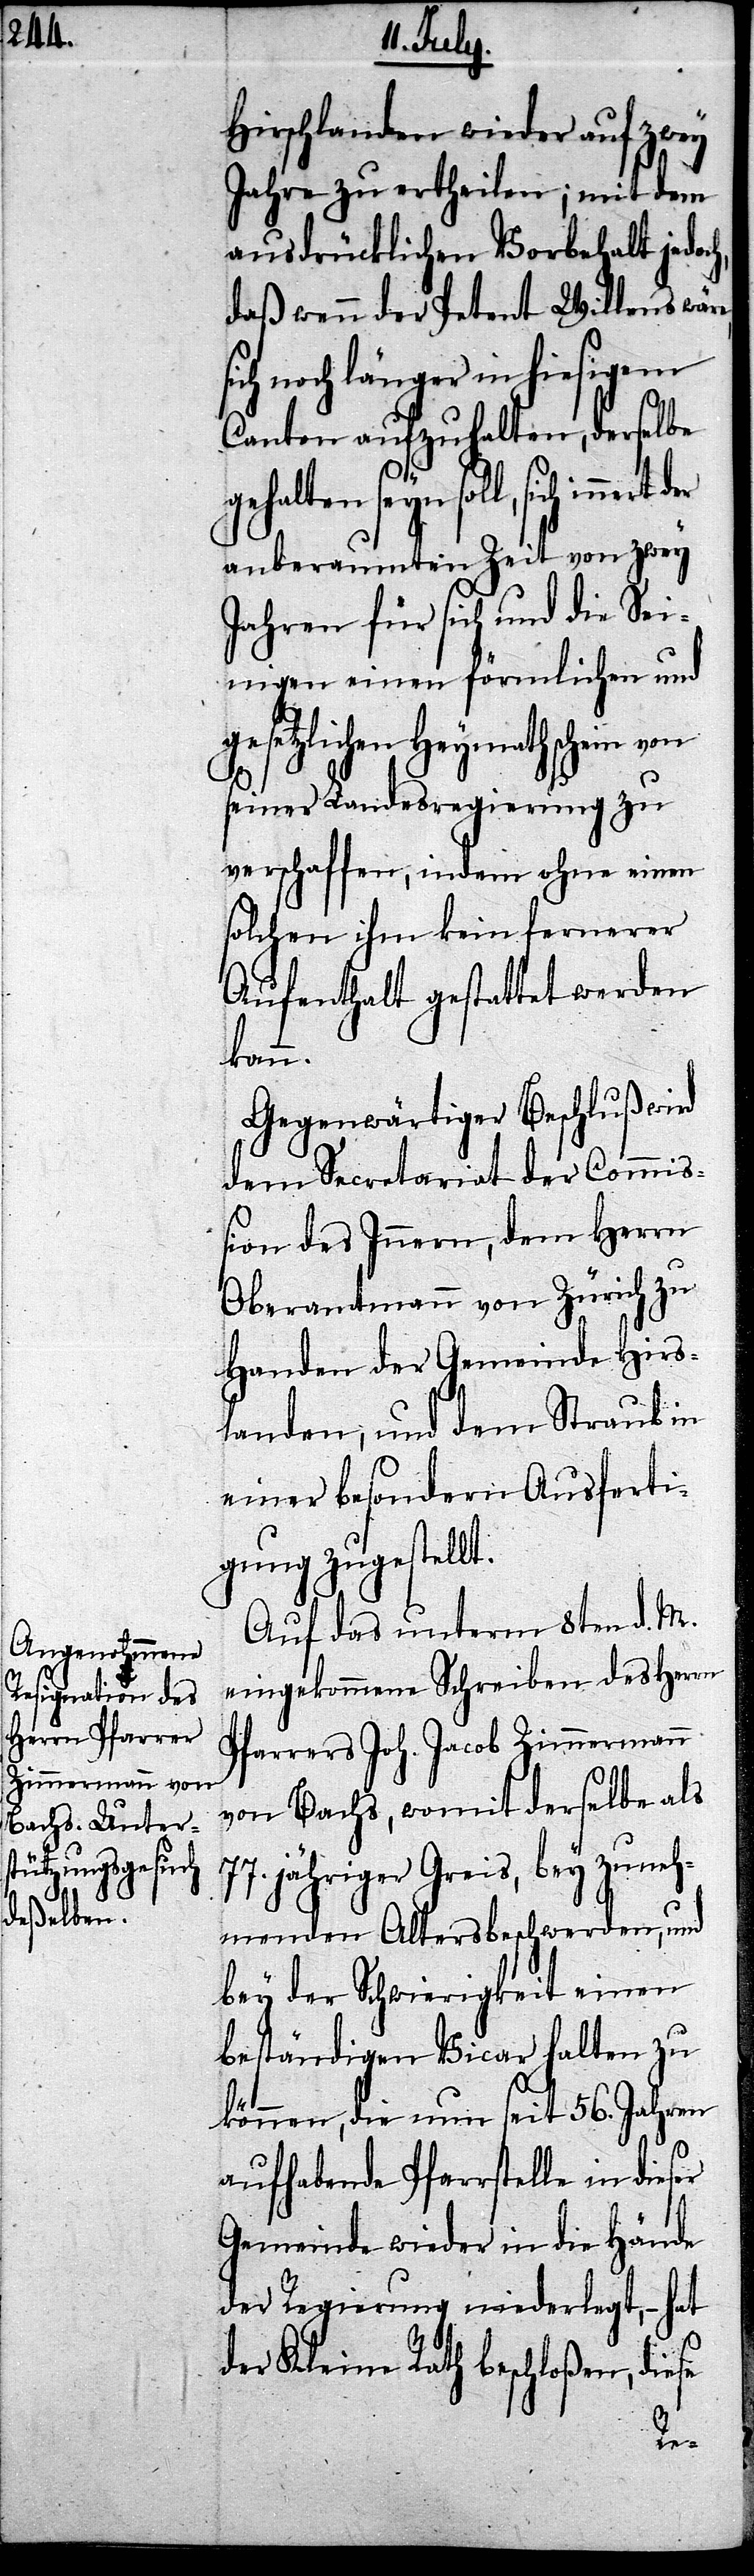
Hirschlanden wieder auf zwey
Jahre zu ertheilen; mit dem
ausdrücklichen Vorbehalt jedoch,
daß wenn der Petent Willens wär¬
ich noch länger in hiesigem
Canton aufzuhalten, derselbe
gehalten seyn soll, sich
anberaumten Zeit von zwey
Jahren für sich und die Sei¬
nigen einen förmlichen und
setzlichen Heymathschein von
seiner Landesregierung zu
verschaffen, indem ohne einen
solchen ihm kein fernerer
Aufenthalt gestattet werden
kann.
Gegenwärtiger Beschluß wird
dem Secretariat der Commiß¬
ion des Innern, dem Herrn
Oberamtmann von Zürich zu
Handen der Gemeinde Hirs¬
landen, und dem Straub in
einer besondern Ausferti¬
gung zugestellt.
Auf das unterm 8ten d. M.
eingekommene Schreiben des Herrn
Pfarrers Joh. Jacob Zimmermann
von Bachs, womit derselbe als
jähriger Greis, bey zuneh¬
menden Altersbeschwerden, und
bey der Schwierigkeit einen
beständigen Vicar halten zu
können, die nun seit 56. Jahren
aufhabende Pfarrstelle in die¬
Gemeinde wieder in die Hände
der Regierung niederlegt, – hat
der Kleine Rath beschloßen, diese
ser